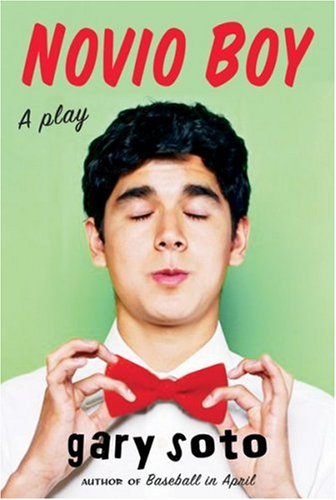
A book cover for Novio Boy: A Play; Gary Soto; Teen & Young Adult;